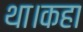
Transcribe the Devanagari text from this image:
था।कहा